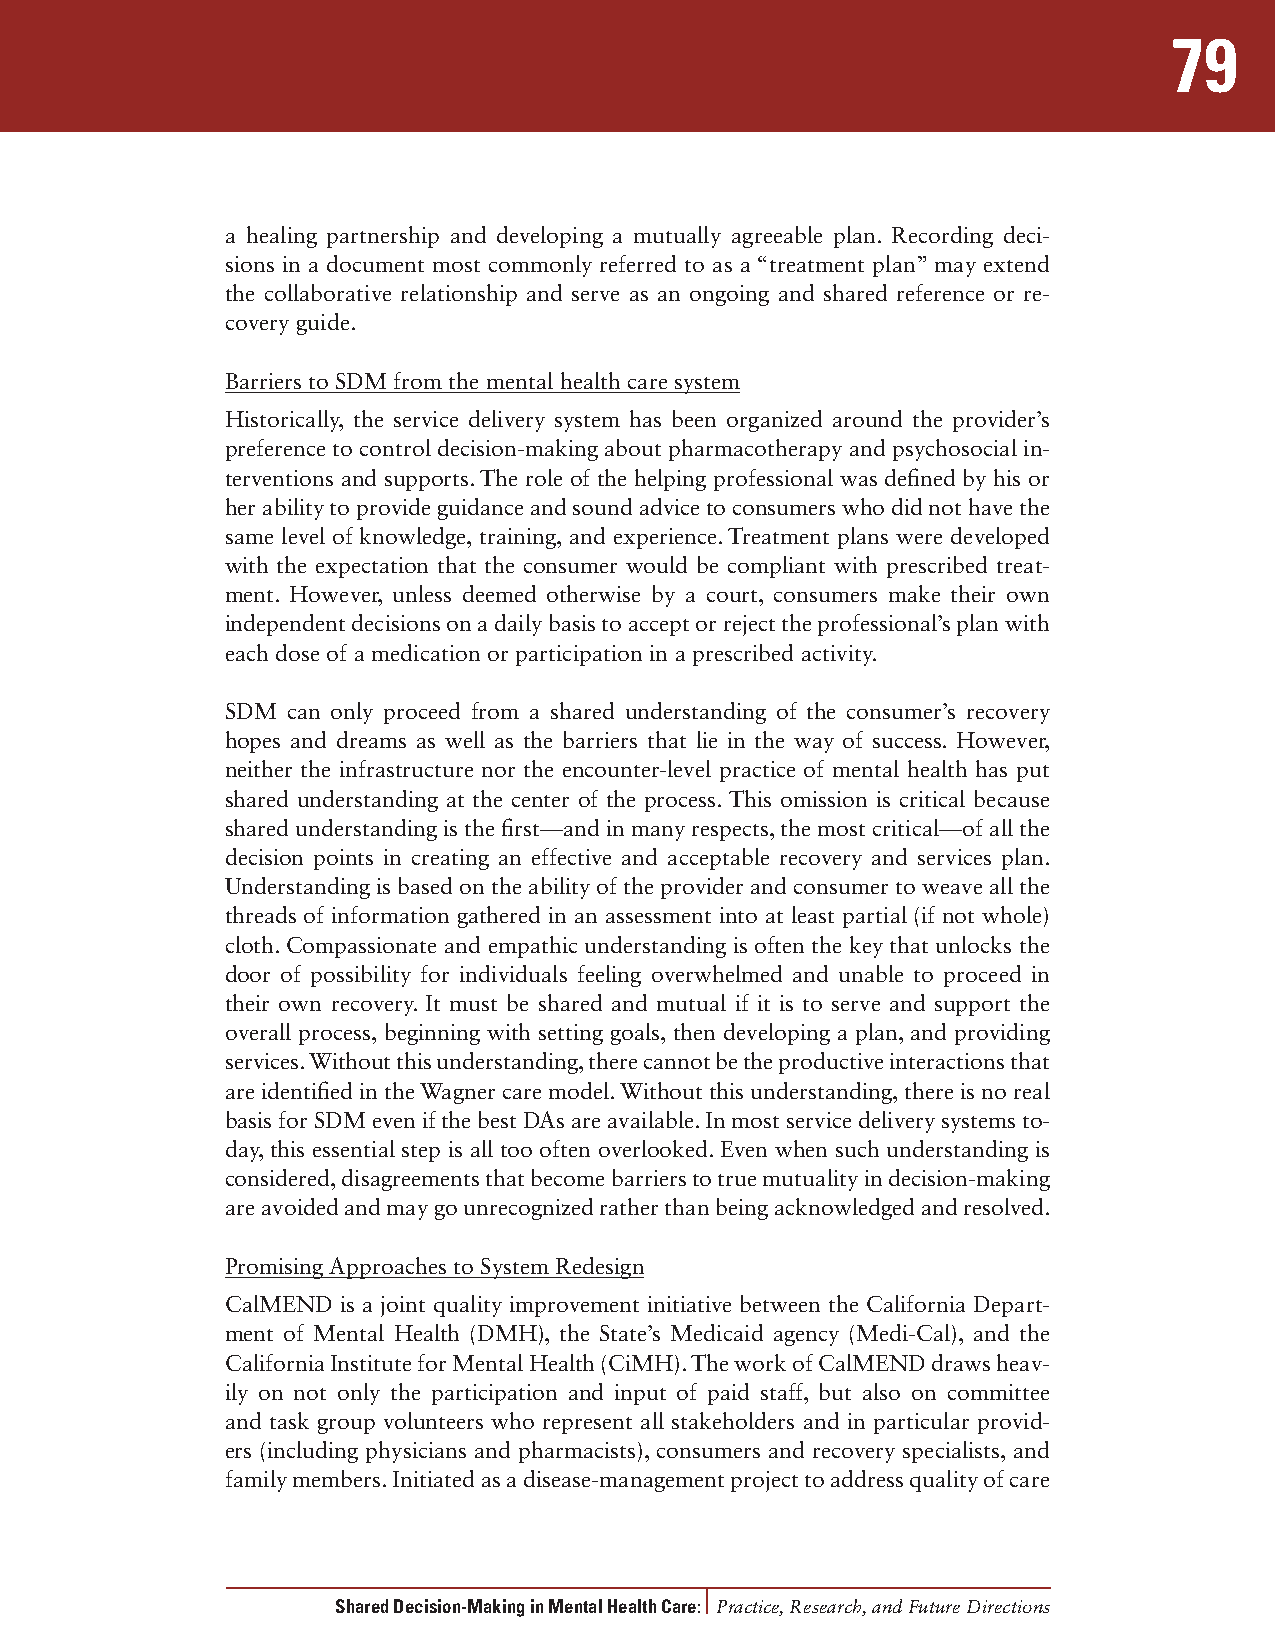
79
 a healing partnership and developing a mutually agreeable plan. Recording deci-
 sions in a document most commonly referred to as a “treatment plan” may extend
 the collaborative relationship and serve as an ongoing and shared reference or re-
 covery guide.
 Barriers to SDM from the mental health care system
 Historically, the service delivery system has been organized around the provider’s
 preference to control decision-making about pharmacotherapy and psychosocial in-
 terventions and supports. The role of the helping professional was defined by his or
 her ability to provide guidance and sound advice to consumers who did not have the
 same level of knowledge, training, and experience. Treatment plans were developed
 with the expectation that the consumer would be compliant with prescribed treat-
 ment. However, unless deemed otherwise by a court, consumers make their own
 independent decisions on a daily basis to accept or reject the professional’s plan with
 each dose of a medication or participation in a prescribed activity.
 SDM can only proceed from a shared understanding of the consumer’s recovery
 hopes and dreams as well as the barriers that lie in the way of success. However,
 neither the infrastructure nor the encounter-level practice of mental health has put
 shared understanding at the center of the process. This omission is critical because
 shared understanding is the first—and in many respects, the most critical—of all the
 decision points in creating an effective and acceptable recovery and services plan.
 Understanding is based on the ability of the provider and consumer to weave all the
 threads of information gathered in an assessment into at least partial (if not whole)
 cloth. Compassionate and empathic understanding is often the key that unlocks the
 door of possibility for individuals feeling overwhelmed and unable to proceed in
 their own recovery. It must be shared and mutual if it is to serve and support the
 overall process, beginning with setting goals, then developing a plan, and providing
 services. Without this understanding, there cannot be the productive interactions that
 are identified in the Wagner care model. Without this understanding, there is no real
 basis for SDM even if the best DAs are available. In most service delivery systems to-
 day, this essential step is all too often overlooked. Even when such understanding is
 considered, disagreements that become barriers to true mutuality in decision-making
 are avoided and may go unrecognized rather than being acknowledged and resolved.
 Promising Approaches to System Redesign
 CalMEND is a joint quality improvement initiative between the California Depart-
 ment of Mental Health (DMH), the State’s Medicaid agency (Medi-Cal), and the
 California Institute for Mental Health (CiMH). The work of CalMEND draws heav-
 ily on not only the participation and input of paid staff, but also on committee
 and task group volunteers who represent all stakeholders and in particular provid-
 ers (including physicians and pharmacists), consumers and recovery specialists, and
 family members. Initiated as a disease-management project to address quality of care
 Shared Decision-Making in Mental Health Care: Practice, Research, and Future Directions